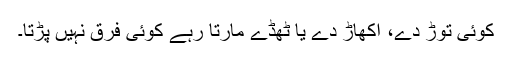
کوئی توڑ دے، اکھاڑ دے یا ٹھُڈے مارتا رہے کوئی فرق نہیں پڑتا۔